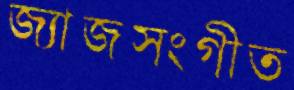
জ্যাজসংগীত